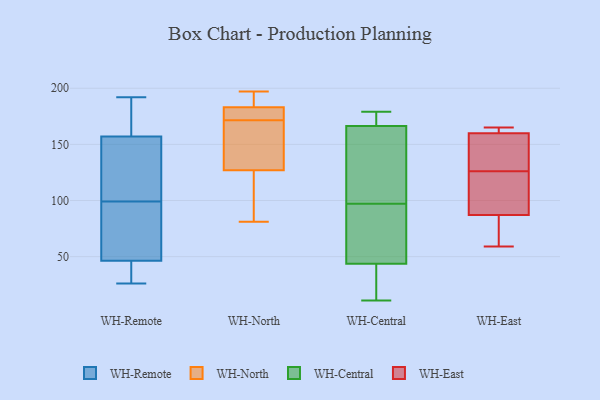
{"axis": {"x": "Population (Million)", "y": "Value"}, "legend": ["WH-Central", "WH-East", "WH-North", "WH-Remote"], "data": [{"x": "", "y": 128, "type": "WH-Remote"}, {"x": "", "y": 192, "type": "WH-Remote"}, {"x": "", "y": 93, "type": "WH-Remote"}, {"x": "", "y": 114, "type": "WH-Remote"}, {"x": "", "y": 103, "type": "WH-Remote"}, {"x": "", "y": 44, "type": "WH-Remote"}, {"x": "", "y": 70, "type": "WH-Remote"}, {"x": "", "y": 166, "type": "WH-Remote"}, {"x": "", "y": 99, "type": "WH-Remote"}, {"x": "", "y": 173, "type": "WH-Remote"}, {"x": "", "y": 47, "type": "WH-Remote"}, {"x": "", "y": 34, "type": "WH-Remote"}, {"x": "", "y": 85, "type": "WH-Remote"}, {"x": "", "y": 26, "type": "WH-Remote"}, {"x": "", "y": 40, "type": "WH-Remote"}, {"x": "", "y": 154, "type": "WH-Remote"}, {"x": "", "y": 172, "type": "WH-Remote"}, {"x": "", "y": 194, "type": "WH-North"}, {"x": "", "y": 102, "type": "WH-North"}, {"x": "", "y": 176, "type": "WH-North"}, {"x": "", "y": 181, "type": "WH-North"}, {"x": "", "y": 156, "type": "WH-North"}, {"x": "", "y": 172, "type": "WH-North"}, {"x": "", "y": 127, "type": "WH-North"}, {"x": "", "y": 114, "type": "WH-North"}, {"x": "", "y": 187, "type": "WH-North"}, {"x": "", "y": 81, "type": "WH-North"}, {"x": "", "y": 172, "type": "WH-North"}, {"x": "", "y": 171, "type": "WH-North"}, {"x": "", "y": 138, "type": "WH-North"}, {"x": "", "y": 159, "type": "WH-North"}, {"x": "", "y": 90, "type": "WH-North"}, {"x": "", "y": 197, "type": "WH-North"}, {"x": "", "y": 183, "type": "WH-North"}, {"x": "", "y": 190, "type": "WH-North"}, {"x": "", "y": 168, "type": "WH-Central"}, {"x": "", "y": 11, "type": "WH-Central"}, {"x": "", "y": 22, "type": "WH-Central"}, {"x": "", "y": 51, "type": "WH-Central"}, {"x": "", "y": 104, "type": "WH-Central"}, {"x": "", "y": 167, "type": "WH-Central"}, {"x": "", "y": 130, "type": "WH-Central"}, {"x": "", "y": 97, "type": "WH-Central"}, {"x": "", "y": 179, "type": "WH-Central"}, {"x": "", "y": 74, "type": "WH-Central"}, {"x": "", "y": 166, "type": "WH-Central"}, {"x": "", "y": 51, "type": "WH-Central"}, {"x": "", "y": 18, "type": "WH-Central"}, {"x": "", "y": 128, "type": "WH-East"}, {"x": "", "y": 80, "type": "WH-East"}, {"x": "", "y": 142, "type": "WH-East"}, {"x": "", "y": 97, "type": "WH-East"}, {"x": "", "y": 59, "type": "WH-East"}, {"x": "", "y": 124, "type": "WH-East"}, {"x": "", "y": 165, "type": "WH-East"}, {"x": "", "y": 161, "type": "WH-East"}, {"x": "", "y": 87, "type": "WH-East"}, {"x": "", "y": 160, "type": "WH-East"}]}